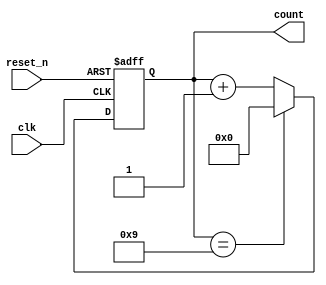
module BCD_Counter (
    input wire clk,         // Clock input
    input wire reset_n,     // Active-low asynchronous reset
    output reg [3:0] count  // 4-bit BCD output
);

// Always block for BCD counting
always @(posedge clk or negedge reset_n) begin
    if (!reset_n) begin
        // Asynchronous reset - set count to 0
        count <= 4'b0000;
    end else begin
        if (count == 4'b1001) begin
            // If count reaches 9 (1001), reset to 0
            count <= 4'b0000;
        end else begin
            // Increment the count
            count <= count + 1;
        end
    end
end

endmodule